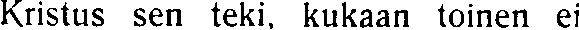
Kristus sen teki, kukaan toinen ei